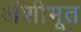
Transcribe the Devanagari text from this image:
अंशीभूत